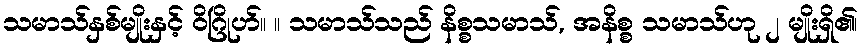
သမာသ်နှစ်မျိုးနှင့် ဝိဂြိုဟ်။ ။ သမာသ်သည် နိစ္စသမာသ်, အနိစ္စ သမာသ်ဟု ၂ မျိုးရှိ၏၊